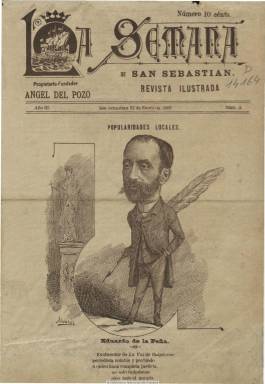
Título: La Semana de San Sebastián
Colección: Revistas satíricas y humorísticas
Ámbito geográfico: Guipúzcoa
Lugar de publicación: San Sebastián
Fechas: 27/01/1889-27/01/1889

La Biblioteca Nacional de España sólo dispone del número 3, de 27 de enero de 1889, de esta curiosa “revista ilustrada”, tal como se subtitula, de carácter humorístico y festivo, de seis páginas, de las que dos corresponden a una tira cómica del dibujante Álvarez, que también es autor de la caricatura de la portada del que fuera periodista y director de La voz de Guipúzcoa, Eduardo de la Peña, perteneciente a una serie que la publicación titula “Popularidades locales”. Escrita con textos creativos en prosa y verso, la mayor parte firmados con seudónimos, inserta uno bajo el epígrafe “Mariari”, escrito en vascuence y firmado por T. Erquicia. Aparece como fundador y propietario de la revista el impresor Ángel del Pozo. Entre los colaboradores se encuentra el escritor José Colá y Goití, que fue cronista de Vitoria, en donde dirigió un periódico titulado El semanal, según un estudio de José Daniel Reboredo Olivenza.